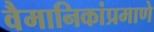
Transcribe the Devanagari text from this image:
वैमानिकांप्रमाणे